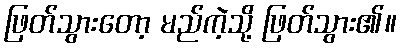
ဖြတ်သွားတော့ မည်ကဲ့သို့ ဖြတ်သွား၏။